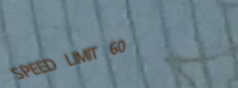
SPEED LIMIT 60